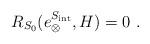
LaTeX: \begin{align*}R_{S_0}(e_{\otimes}^{S_{\mathrm{int}}},H)=0 \ .\end{align*}